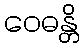
ဝေဓန္တိ